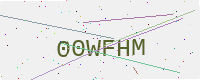
Text: 00WFHM